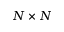
N \times N